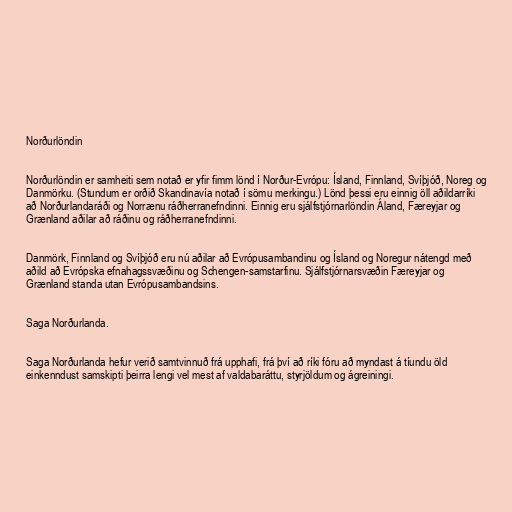
Norðurlöndin

Norðurlöndin er samheiti sem notað er yfir fimm lönd í Norður-Evrópu: Ísland, Finnland, Svíþjóð, Noreg og
Danmörku. (Stundum er orðið Skandinavía notað í sömu merkingu.) Lönd þessi eru einnig öll aðildarríki
að Norðurlandaráði og Norrænu ráðherranefndinni. Einnig eru sjálfstjórnarlöndin Áland, Færeyjar og
Grænland aðilar að ráðinu og ráðherranefndinni.

Danmörk, Finnland og Svíþjóð eru nú aðilar að Evrópusambandinu og Ísland og Noregur nátengd með
aðild að Evrópska efnahagssvæðinu og Schengen-samstarfinu. Sjálfstjórnarsvæðin Færeyjar og
Grænland standa utan Evrópusambandsins.

Saga Norðurlanda.

Saga Norðurlanda hefur verið samtvinnuð frá upphafi, frá því að ríki fóru að myndast á tíundu öld
einkenndust samskipti þeirra lengi vel mest af valdabaráttu, styrjöldum og ágreiningi.